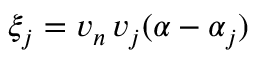
\xi _ { j } = v _ { n } \, v _ { j } ( \alpha - \alpha _ { j } )